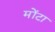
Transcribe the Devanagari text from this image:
मोंटा